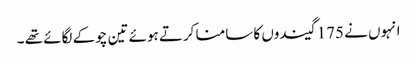
انہوں نے 175 گیندوں کا سامنا کرتے ہوئے تین چوکے لگائے تھے ۔